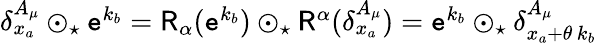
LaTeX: \begin{array}{r}{\delta_{x_{a}}^{A_{\mu}}\odot_{\star}\mathtt{e}^{k_{b}}=\mathsf{R}_{\alpha}(\mathtt{e}^{k_{b}})\odot_{\star}\mathsf{R}^{\alpha}(\delta_{x_{a}}^{A_{\mu}})=\mathtt{e}^{k_{b}}\odot_{\star}\delta_{x_{a}+\theta\, k_{b}}^{A_{\mu}}}\end{array}